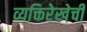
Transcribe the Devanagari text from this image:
व्यक्तिरेखेची